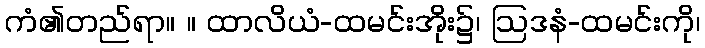
ကံ၏တည်ရာ။ ။ ထာလိယံ-ထမင်းအိုး၌၊ ဩဒနံ-ထမင်းကို၊